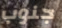
جنوب